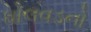
ઘોલવડનો